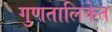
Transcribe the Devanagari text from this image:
गुणतालिकेत